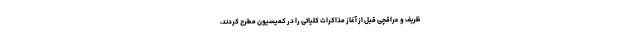
ظریف و عراقچی قبل از آغاز مذاکرات کلیاتی را در کمیسیون مطرح کردند،